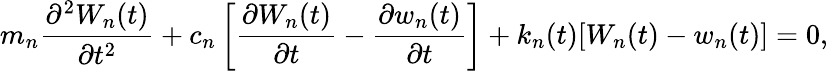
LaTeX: m_{n}\frac{\partial^{2}W_{n}(t)}{\partial t^{2}}+c_{n}\left[\frac{\partial W_{n}(t)}{\partial t}-\frac{\partial w_{n}(t)}{\partial t}\right]+k_{n}(t)[W_{n}(t)-w_{n}(t)]=0,